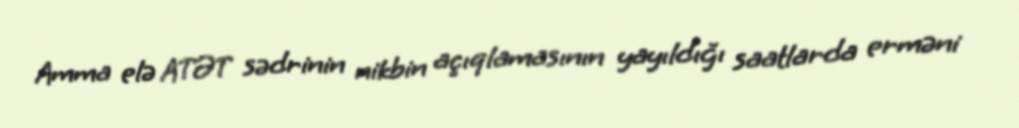
Amma elə ATƏT sədrinin nikbin açıqlamasının yayıldığı saatlarda erməni